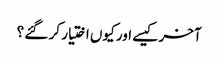
آخر کیسے اور کیوں اختیار کر گئے ؟